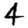
Digit: 4